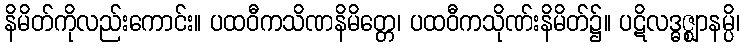
နိမိတ်ကိုလည်းကောင်း။ ပထဝီကသိဏနိမိတ္တေ၊ ပထဝီကသိုဏ်းနိမိတ်၌။ ပဋိလဒ္ဓဇ္ဈာနမ္ပိ၊